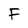
Character: F